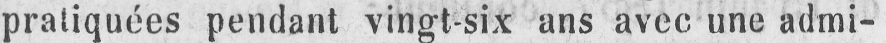
pratiquées pendant vingt-six ans avec une admi-